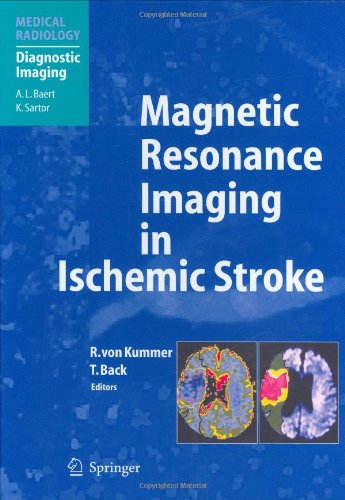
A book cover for Magnetic Resonance Imaging in Ischemic Stroke (Medical Radiology); Health, Fitness & Dieting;